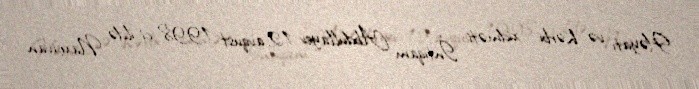
Həyatı və hərbi xidməti İntiqam Abdullayev 12 avqust 1998-ci ildə Naxçıvan